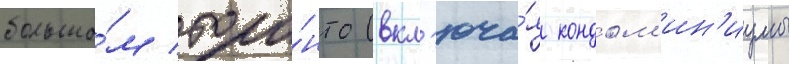
большо́м торо́нто (вкл'юча́я кондом'ин'иумы